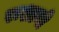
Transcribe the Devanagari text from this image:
रूशानी